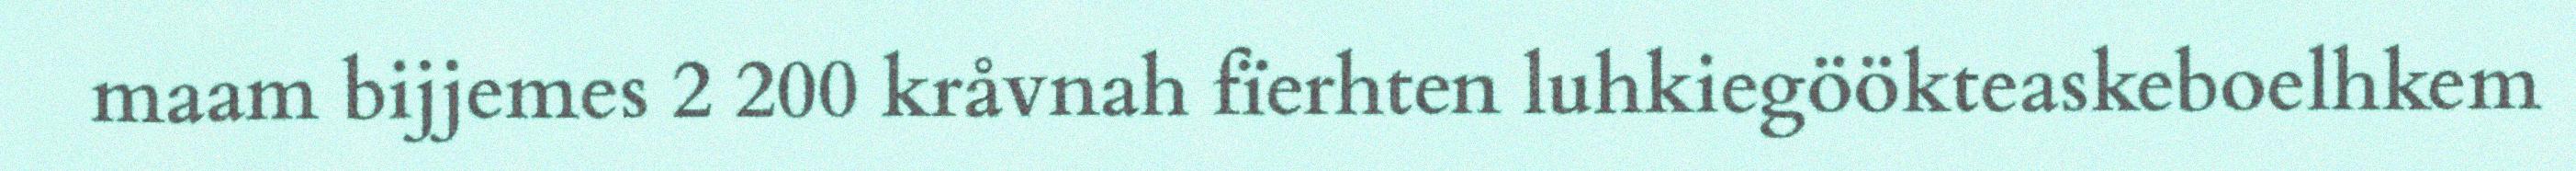
maam bijjemes 2 200 kråvnah fïerhten luhkiegöökteaskeboelhkem